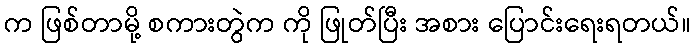
က ဖြစ်တာမို့ စကားတွဲက ကို ဖြုတ်ပြီး အစား ပြောင်းရေးရတယ်။